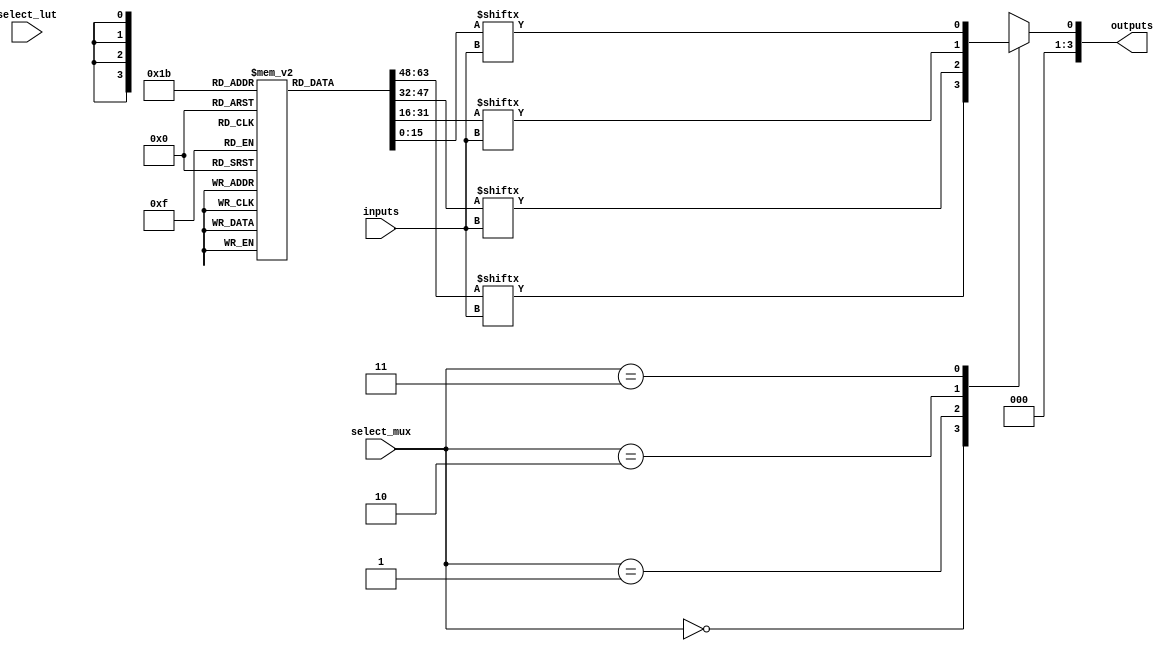
module CLB (
    input wire [3:0] inputs,          // 4 input lines
    input wire [3:0] select_lut,      // Control lines to select LUT functions
    input wire [1:0] select_mux,      // Control lines to select MUX outputs
    output wire [3:0] outputs          // Output lines
);

// LUT array definition (4 LUTs, each 4-bit wide for 4 input variables)
reg [15:0] lut [3:0]; // 16 entries for each LUT
wire [3:0] lut_outputs; // LUT outputs
wire mux_output; // MUX output signal

// Initialize LUTs with example values
initial begin
    lut[0] = 16'b0000000000001000; // Example LUT function for some combinational logic
    lut[1] = 16'b0000000000000111; // Example LUT function, etc.
    lut[2] = 16'b0000000000001101;
    lut[3] = 16'b0000000000000011;
end

// Logic Function Generators (LUTs)
generate
    genvar i;
    for (i = 0; i < 4; i = i + 1) begin : lut_gen
        assign lut_outputs[i] = lut[i][inputs]; // Apply input to LUT
    end
endgenerate

// Multiplexer to select between LUT outputs or other signals
always @(*) begin
    case(select_mux)
        2'b00: mux_output = lut_outputs[0]; // Output from LUT0
        2'b01: mux_output = lut_outputs[1]; // Output from LUT1
        2'b10: mux_output = lut_outputs[2]; // Output from LUT2
        2'b11: mux_output = lut_outputs[3]; // Output from LUT3
        default: mux_output = 1'b0; // Default case (should not happen)
    endcase
end

// Output assignments
assign outputs = {3'b000, mux_output}; // Extend MUX output to 4 bits (example)

// Control Logic for Programmable Interconnections (dummy for illustration)
always @(*) begin
    // Control logic for configuring LUTs would go here
    // This could involve setting 'lut' contents based on select_lut input
end

endmodule